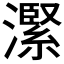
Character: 𪷬